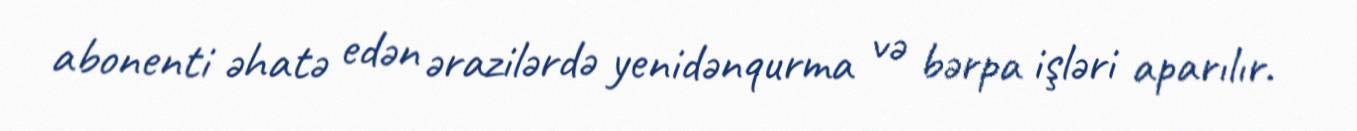
abonenti əhatə edən ərazilərdə yenidənqurma və bərpa işləri aparılır.